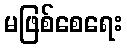
မဖြစ်စေရေး